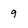
Character: 9